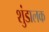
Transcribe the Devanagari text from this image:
शुंडालक